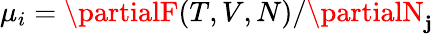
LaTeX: \mu_{i}=\partialF(T,V,N)/\partialN_{\mathbf{j}}